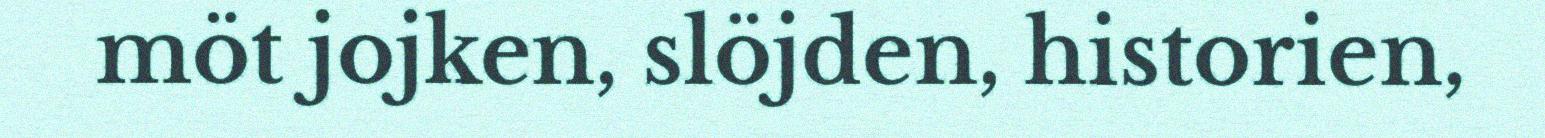
möt jojken, slöjden, historien,